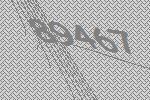
89467